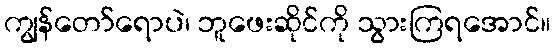
ကျွန်တော်ရောပဲ၊ ဘူဖေးဆိုင်ကို သွားကြရအောင်။